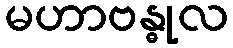
မဟာဗန္ဓုလ